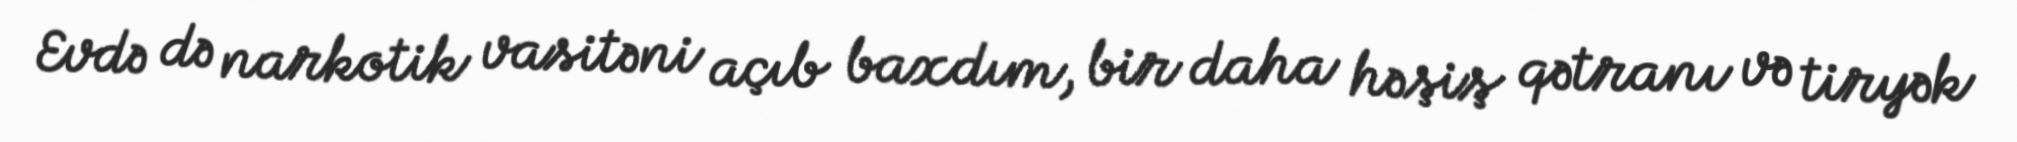
Evdə də narkotik vasitəni açıb baxdım, bir daha həşiş qətranı və tiryək